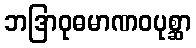
ဘဒြာဝုဓမာဏဝပုစ္ဆာ